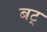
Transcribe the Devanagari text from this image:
बट्